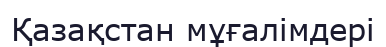
Қазақстан мұғалімдері